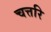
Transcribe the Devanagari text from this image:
चत्तरि